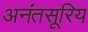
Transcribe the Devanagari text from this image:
अनंतसूरिय